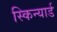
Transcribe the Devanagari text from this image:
स्किन्यार्ड